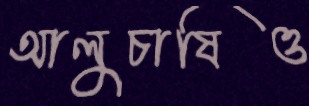
আলুচাষিও